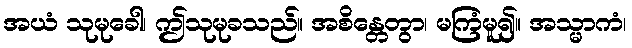
အယံ သုမုခေါ၊ ဤသုမုခသည်။ အစိန္တေတွာ၊ မကြံမူ၍။ အသ္မာကံ၊